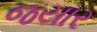
જયાર